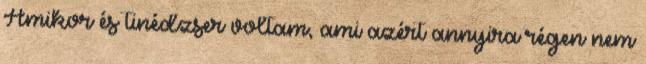
Amikor és tinédzser voltam, ami azért annyira régen nem